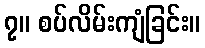
၇။ စပ်လိမ်းကျံခြင်း။